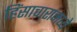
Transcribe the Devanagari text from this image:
हिंसाचारामध्ये